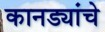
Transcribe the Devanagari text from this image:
कानड्यांचे